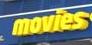
movies